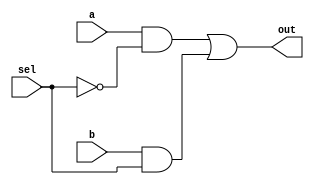

`timescale 1ns/1ns

module mux2(input a,b,sel, output out);
assign out=(a&~sel)|(b&sel);
endmodule